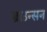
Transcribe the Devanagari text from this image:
ब्राउन्सन